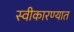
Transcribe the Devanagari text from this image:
स्‍वीकारण्‍यात